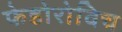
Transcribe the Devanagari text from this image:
फेडोरोविच